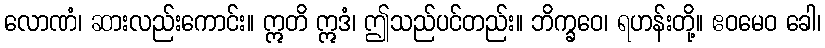
လောဏံ၊ ဆားလည်းကောင်း။ ဣတိ ဣဒံ၊ ဤသည်ပင်တည်း။ ဘိက္ခဝေ၊ ရဟန်းတို့။ ဧဝမေဝ ခေါ၊